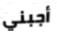
أجبني